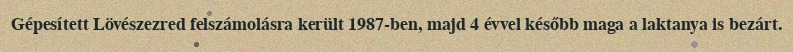
Gépesített Lövészezred felszámolásra került 1987-ben, majd 4 évvel később maga a laktanya is bezárt.